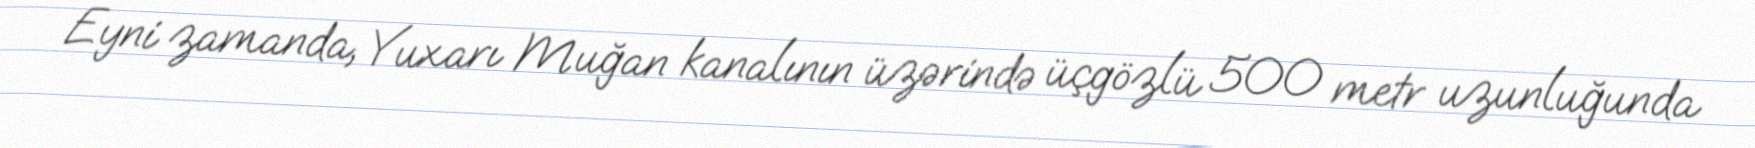
Eyni zamanda, Yuxarı Muğan kanalının üzərində üçgözlü 500 metr uzunluğunda